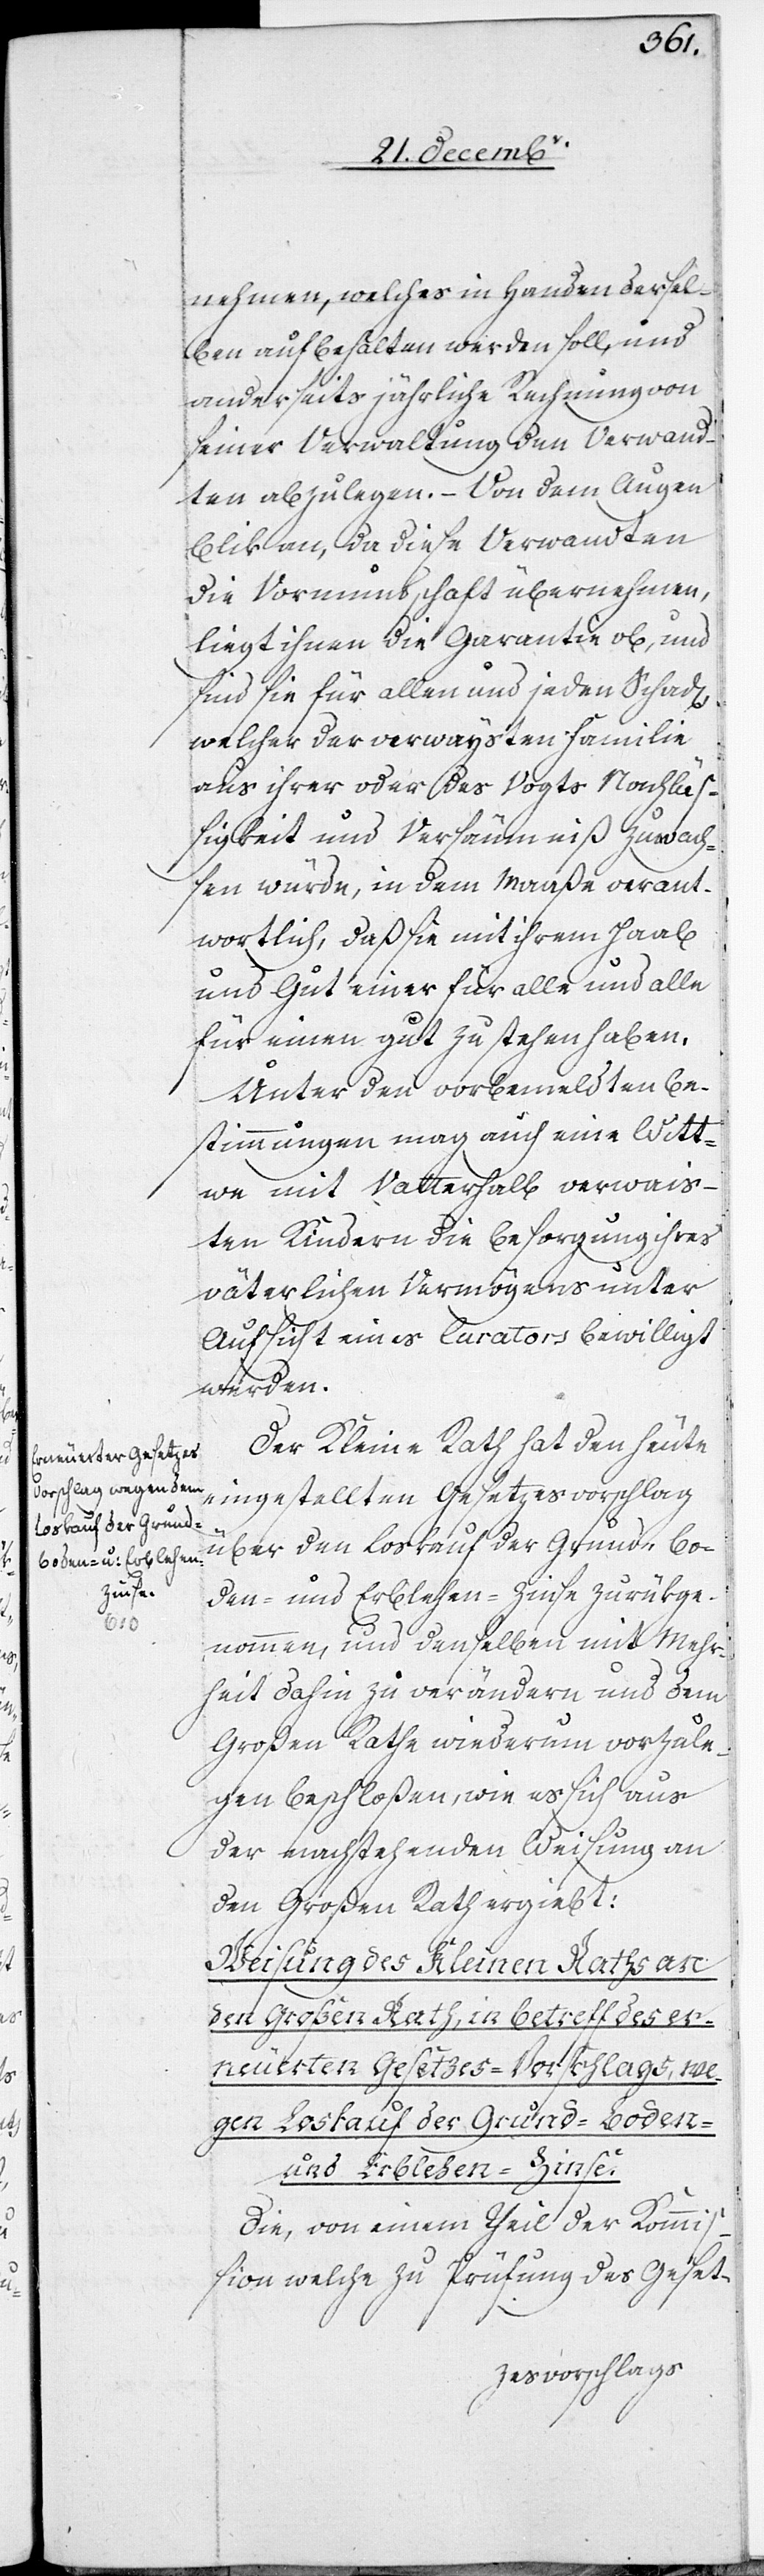
nehmen, welches in Handen dersel¬
ben aufbehalten werden soll, und
anderseits jährliche Rechnung von
seiner Verwaltung den Verwand¬
ten abzulegen. – Von dem Augen¬
blik an, da diese Verwandten
die Vormundschaft übernehmen,
liegt ihnen die Garantie ob, und
sind sie für allen und jeden Schad[en]
welcher der verwaysten Familie
aus ihrer oder des Vogts Nachläß¬
igkeit und Versäumniß zuwach¬
sen würde, in dem Maaße verant¬
wortlich, daß sie mit ihrem Haab
und Gut einer für alle und alle
für einen gut zu stehen haben.
Unter den vorbemeldten Be¬
stimmungen mag auch eine Witt¬
we mit Vatterhalb verwais¬
ten Kindern die Besorgung ihres
väterlichen Vermögens unter
Aufsicht eines Curators bewilligt
werden.
Der Kleine Rath hat den heute
eingestellten Gesetzesvorschlag
über den Loskauf der Grund-[,] Bo¬
den- und Erblehen-Zinse zurükge¬
nommen, und denselben mit Mehr¬
heit dahin zu verändern und dem
Großen Rathe wiederum vorzule¬
gen beschloßen, wie es sich aus
der nachstehenden Weisung an
den Großen Rath ergiebt:
Weisung des Kleinen Raths an
den Großen Rath, in Betreff des er¬
neuerten Gesetzes-Vorschlags, we¬
gen Loskauf der Grund-[,] Boden-
und Erblehen-Zinse.
Die, von einem Theil der Kommiß¬
ion welche zu Prüfung des Geset-